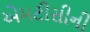
એમટીસીની